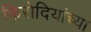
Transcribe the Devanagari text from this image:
फिरोदियांच्या